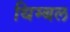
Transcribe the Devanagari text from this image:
थिम्बल